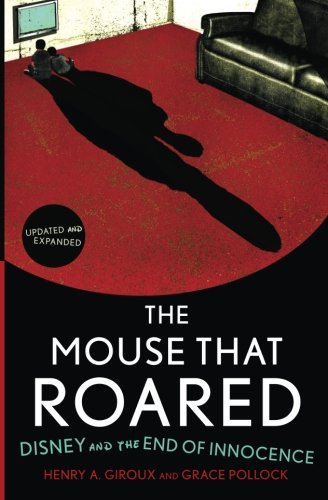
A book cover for The Mouse that Roared: Disney and the End of Innocence; Henry A. Giroux; Humor & Entertainment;